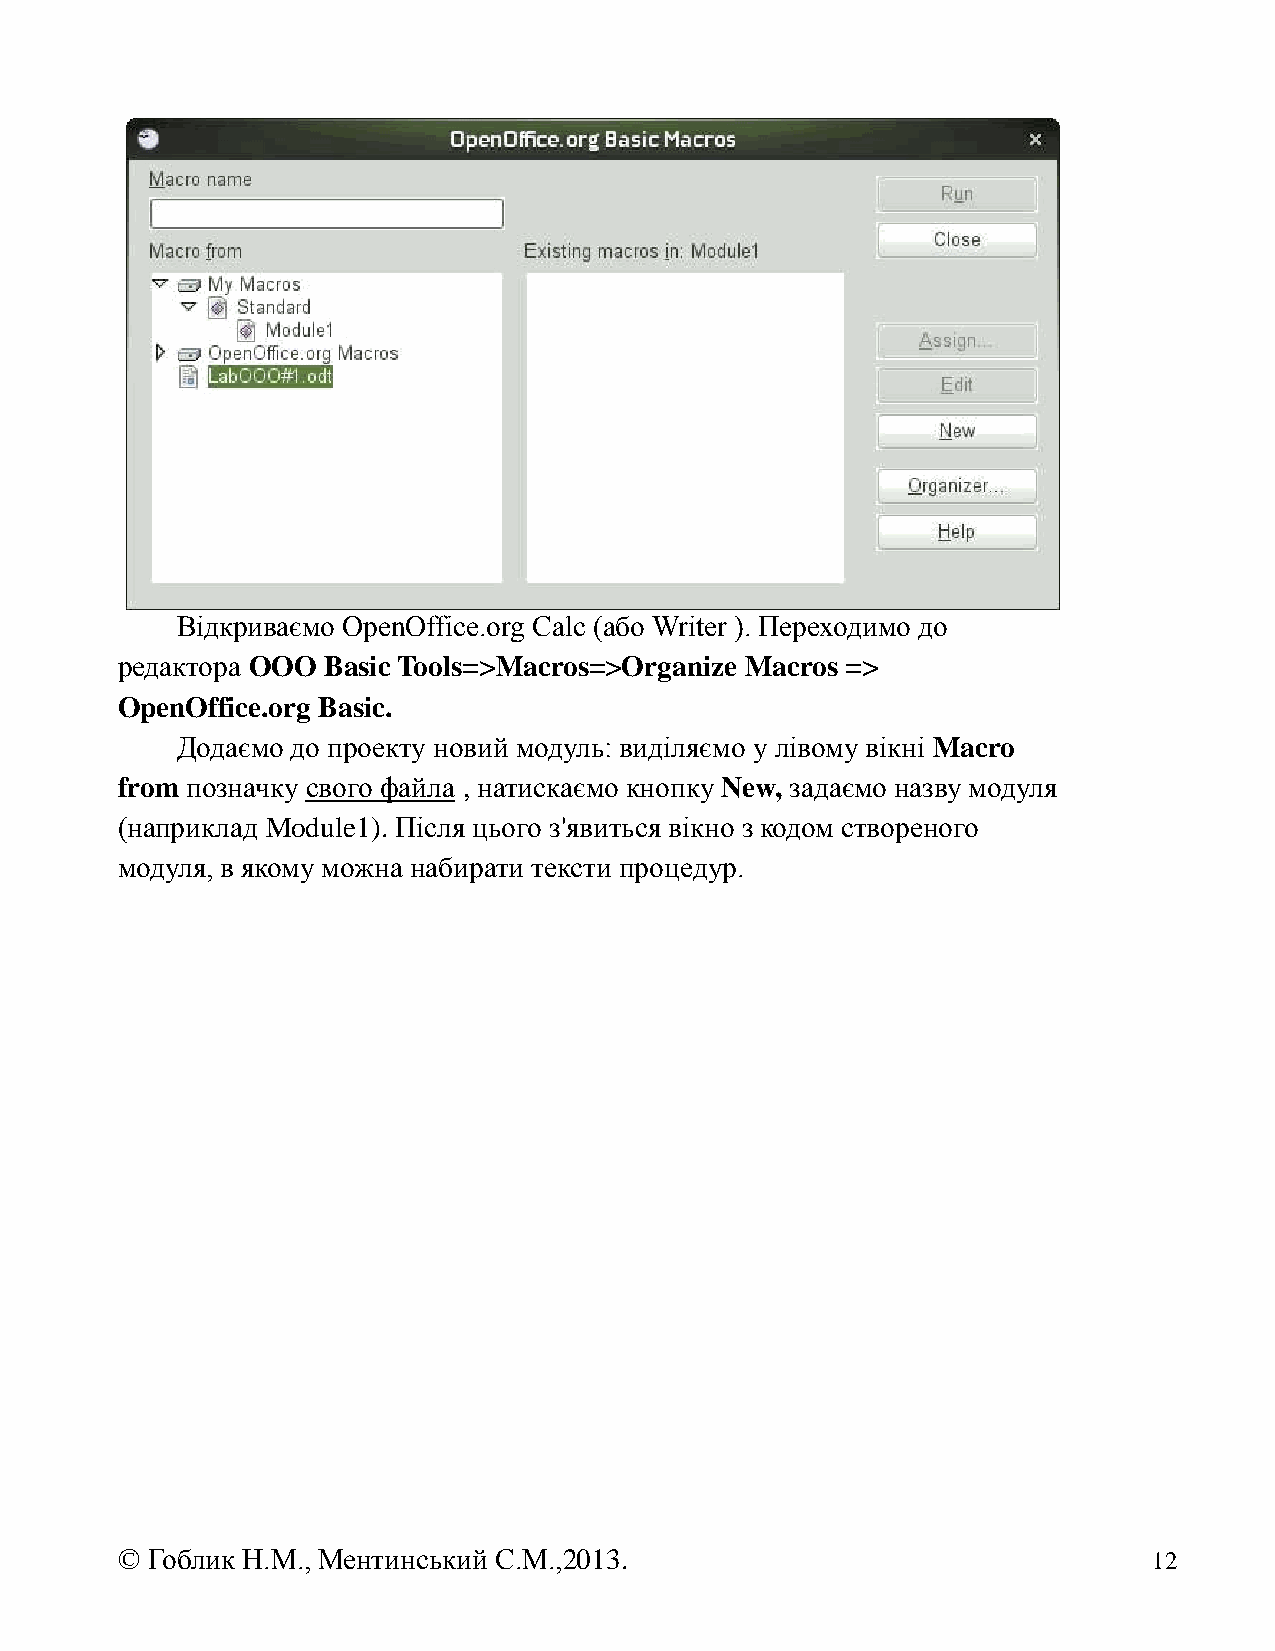
Відкриваємо OpenOffice.org Calc (або Writer ). Переходимо до
 редактора OOO Basic Tools=>Macros=>Organize Macros =>
 OpenOffice.org Basic.
 Додаємо до проекту новий модуль: виділяємо у лівому вікні Macro
 from позначку свого файла , натискаємо кнопку New, задаємо назву модуля
 (наприклад Module1). Після цього з'явиться вікно з кодом створеного
 модуля, в якому можна набирати тексти процедур.
 © Гоблик Н.М., Ментинський С.М.,2013.                               12